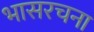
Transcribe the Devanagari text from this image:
भासरचना